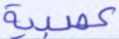
عصبية